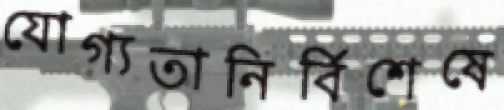
যোগ্যতানির্বিশেষে